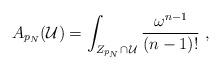
LaTeX: \begin{align*} A_{p_N}(\mathcal U)=\int_{Z_{p_N}\cap\, \mathcal U}\frac{\omega^{n-1}}{(n-1)!}\ ,\end{align*}